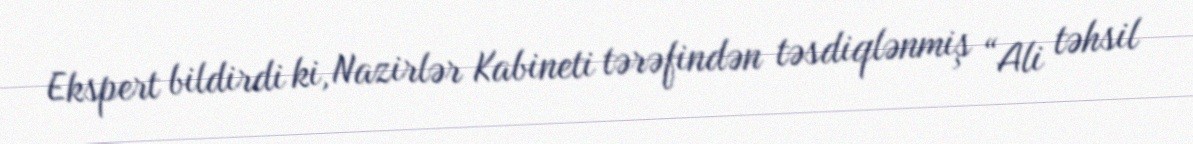
Ekspert bildirdi ki, Nazirlər Kabineti tərəfindən təsdiqlənmiş “Ali təhsil